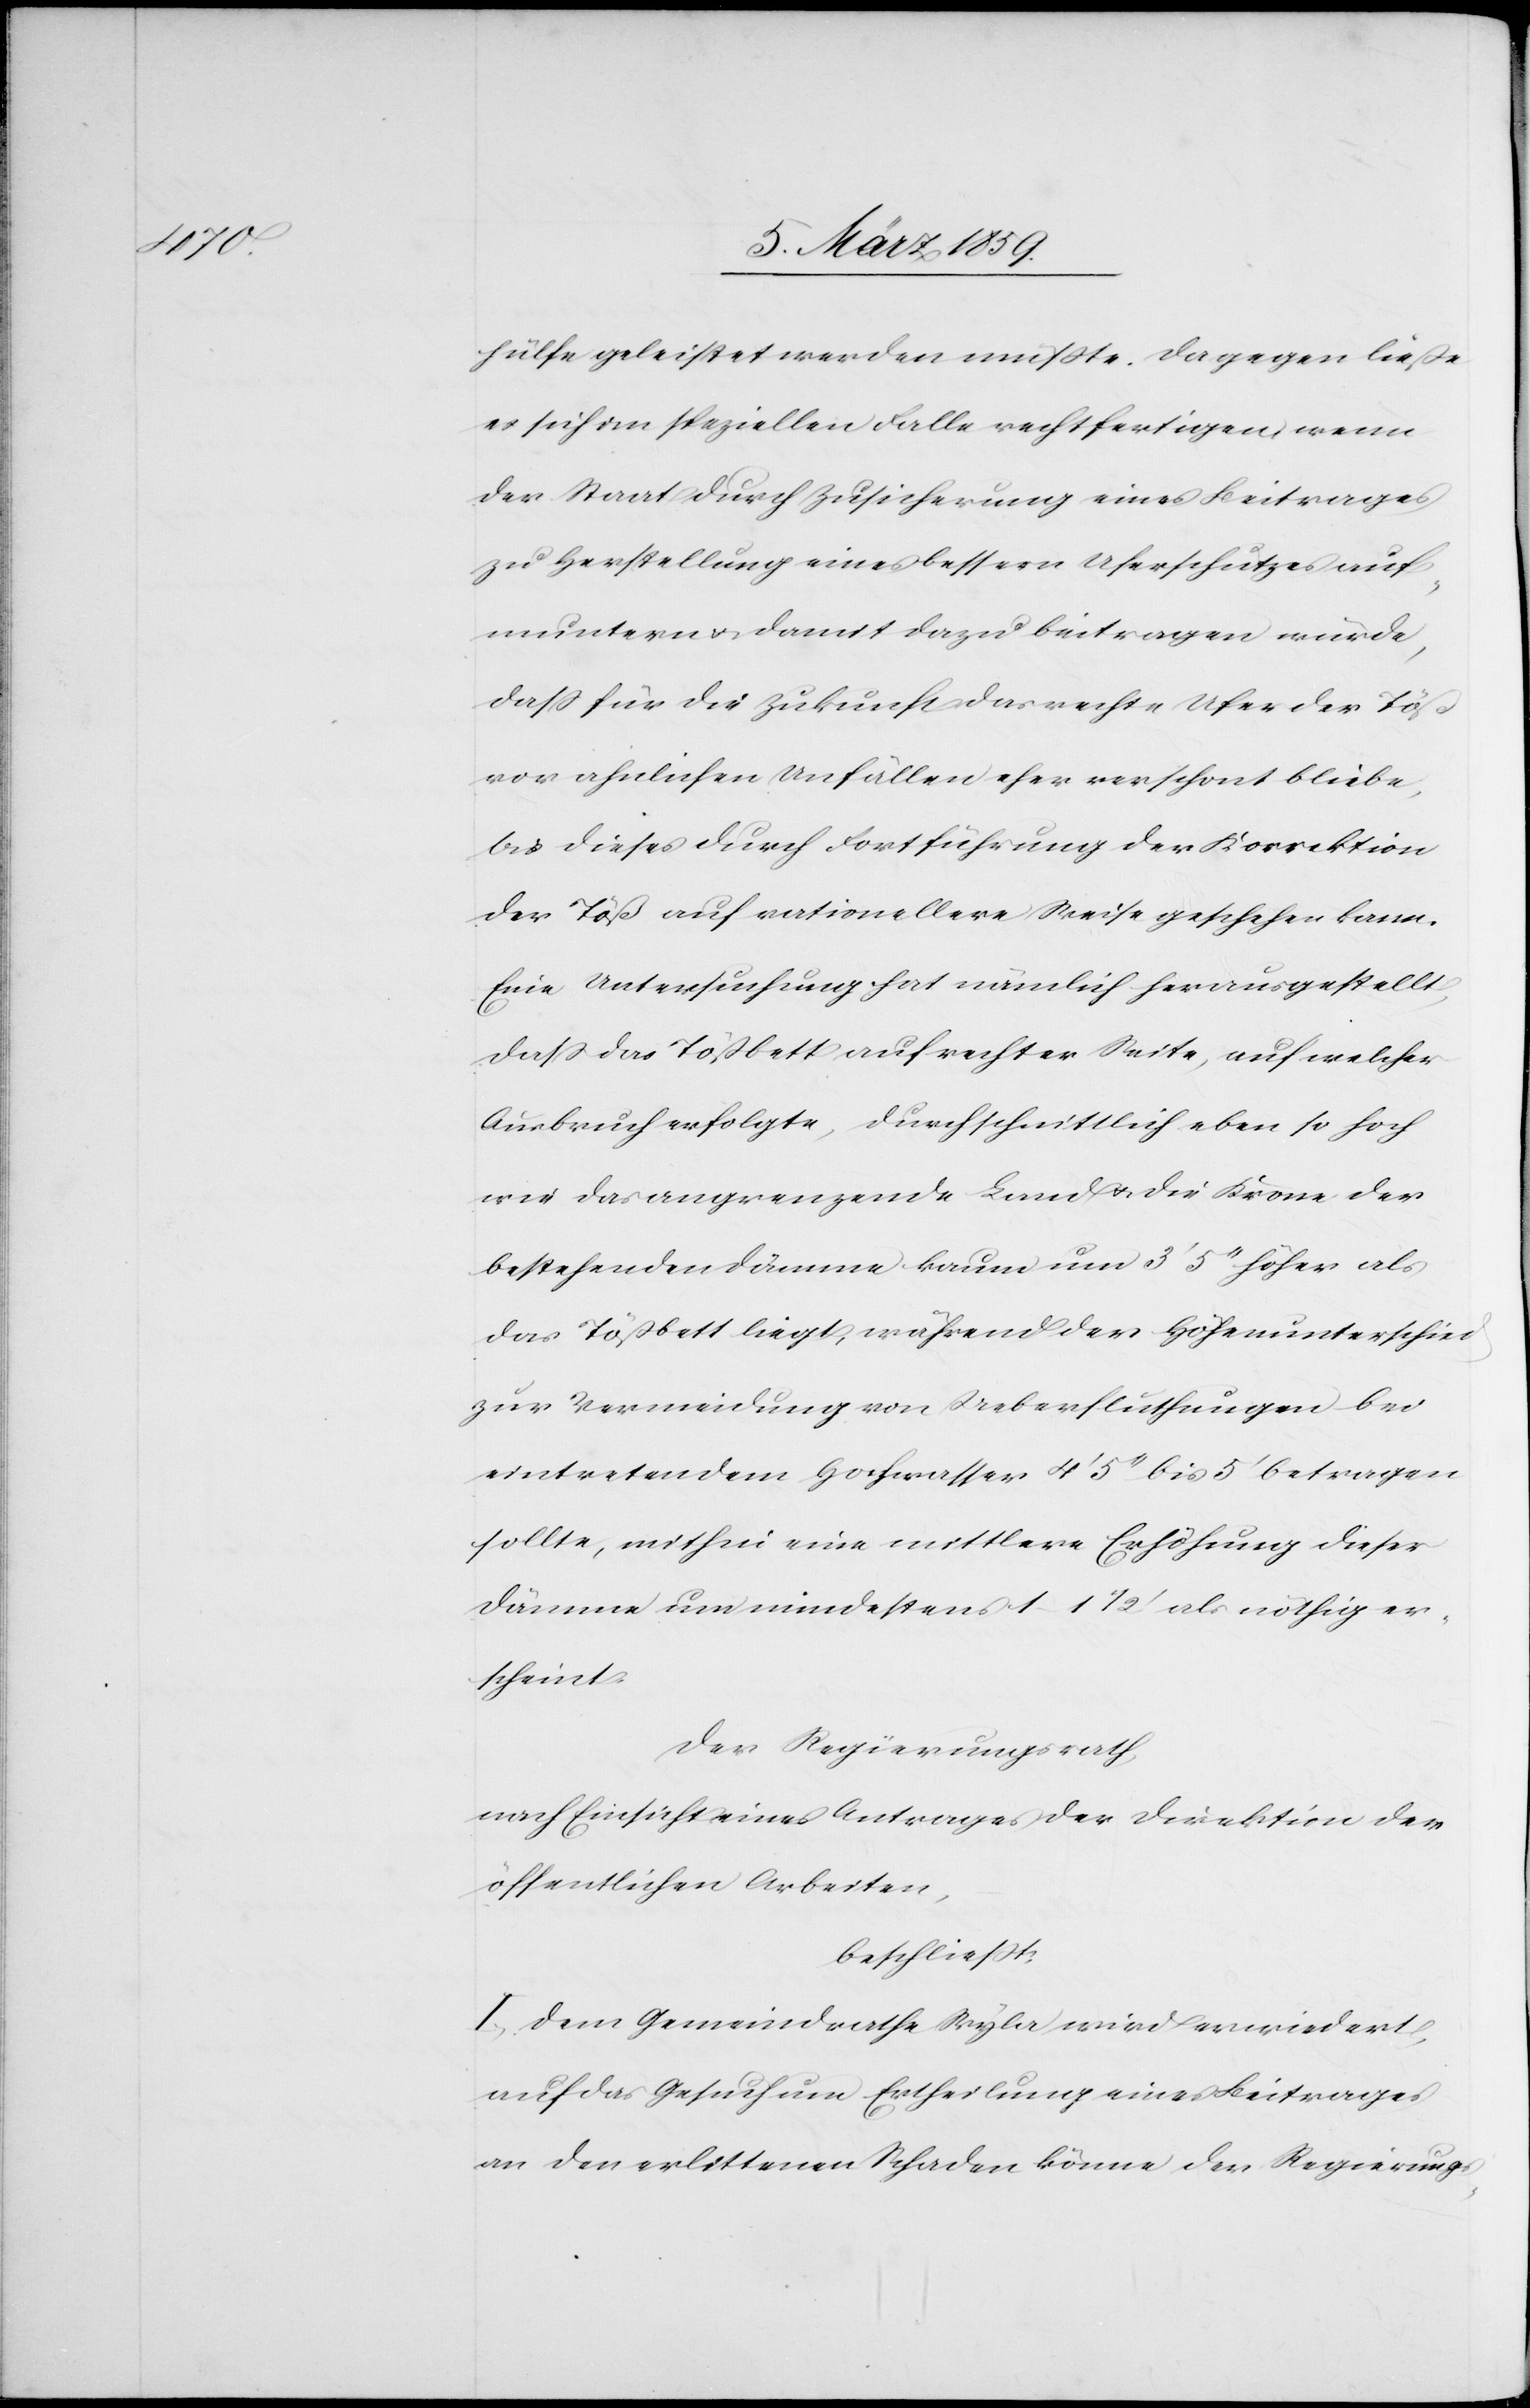
hülfe geleistet werden müßte. Dagegen ließe
es sich im speziellen Falle rechtfertigen wenn
der Staat durch Zusicherung eines Beitrages
zu Herstellung eines bessern Uferschutzes auf¬
muntern u. damit dazu beitragen würde,
daß für die Zukunft das rechte Ufer der Töß
vor ahnlichen [sic!] Unfällen eher verschont bliebe,
bis dieses durch Fortführung der Korrektion
der Töß auf rationellere Weise geschehen kann.
Eine Untersuchung hat nämlich herausgestellt,
daß das Tößbett auf rechter Seite, auf welcher
Ausbruch erfolgte, durchschnittlich eben so hoch
wie das angrenzende Land u. die Krone der
bestehenden Dämme kaum um 3‘ 5“ bis 5‘ betragen
sollte, mithin eine mittlere Erhöhung dieser
Dämme um mindestens 1–1 1/2‘ als nöthig er¬
scheint.
Der Regierungsrath,
nach Einsicht eines Antrages der Direktion der
öffentlichen Arbeiten,
beschließt:
I. Dem Gemeindrathe Wyla wird erwiedert,
auf das Gesuch um Ertheilung eines Beitrages
an den erlittenen Schaden könne der Regierungs-